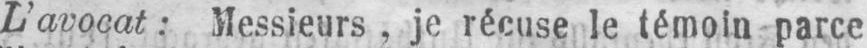
L’avocat: Messieurs, je récuse le témoin parce